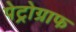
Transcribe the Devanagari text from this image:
पेट्रोग्राफ